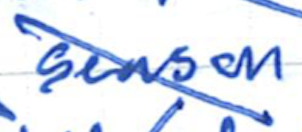
Text: season
Cross-out: diagonal
Writing tool: ballpoint